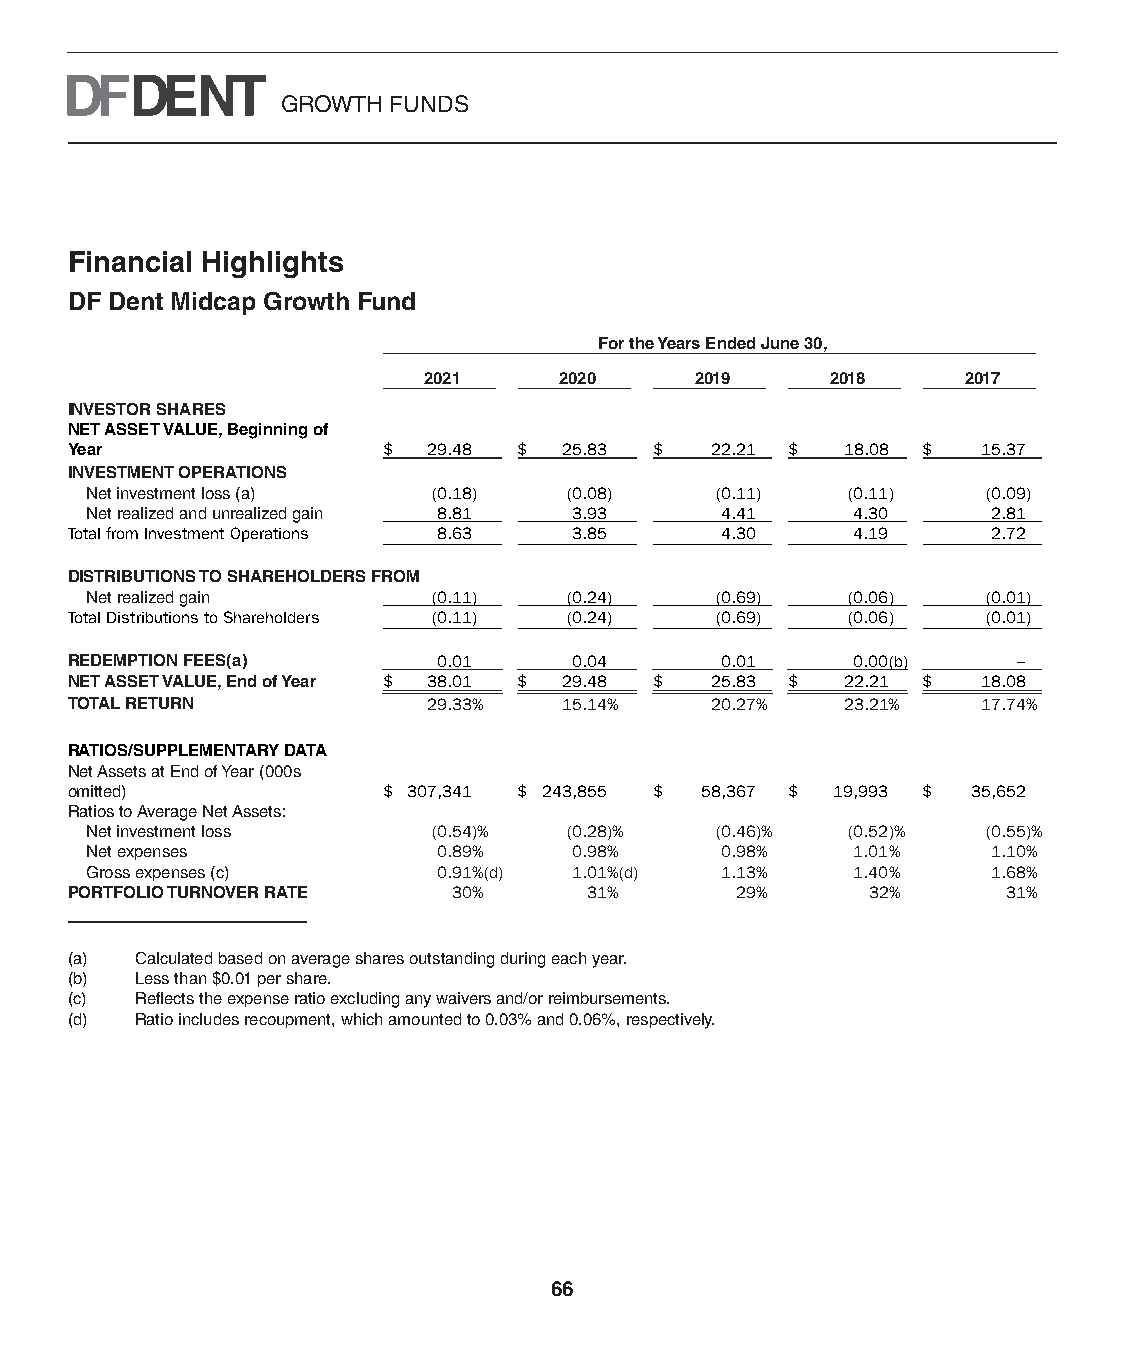
GROWTH FUNDS
 Financial Highlights
 DF Dent Midcap Growth Fund
 For the Years Ended June 30,
 2021     2020     2019     2018     2017
 INVESTOR SHARES
 NET ASSET VALUE, Beginning of
 Year                 $  29.48 $  25.83 $   22.21 $  18.08 $  15.37
 INVESTMENT OPERATIONS
 Net investment loss (a) (0.18 ) (0.08 )  (0.11 )  (0.11 )  (0.09 )
 Net realized and unrealized gain 8.81 3.93 4.41    4.30     2.81
 Total from Investment Operations 8.63 3.85  4.30     4.19     2.72
 DISTRIBUTIONS TO SHAREHOLDERS FROM
 Net realized gain      (0.11 )  (0.24 )  (0.69 )  (0.06 )  (0.01 )
 Total Distributions to Shareholders (0.11 ) (0.24 ) (0.69 ) (0.06 ) (0.01 )
 REDEMPTION FEES(a)       0.01     0.04      0.01     0.00 (b)  –
 NET ASSET VALUE, End of Year $ 38.01 $ 29.48 $ 25.83 $ 22.21 $ 18.08
 TOTAL RETURN            29.33 %  15.14 %   20.27 %  23.21 %  17.74 %
 RATIOS/SUPPLEMENTARY DATA
 Net Assets at End of Year (000s
 omitted)             $ 307,341 $ 243,855 $ 58,367 $ 19,993 $ 35,652
 Ratios to Average Net Assets:
 Net investment loss    (0.54 )% (0.28 )% (0.46 )% (0.52 )% (0.55 )%
 Net expenses           0.89 %   0.98 %    0.98 %   1.01 %   1.10 %
 Gross expenses (c)     0.91 %(d) 1.01 %(d) 1.13 %  1.40 %   1.68 %
 PORTFOLIO TURNOVER RATE   30 %     31 %      29 %     32 %     31 %
 (a)  Calculated based on average shares outstanding during each year.
 (b)  Less than $0.01 per share.
 (c)  Reflects the expense ratio excluding any waivers and/or reimbursements.
 (d)  Ratio includes recoupment, which amounted to 0.03% and 0.06%, respectively.
 66